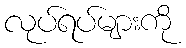
လုပ်ရပ်များကို